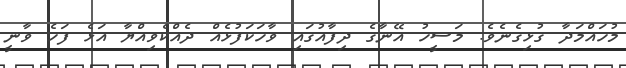
މުހައްމަދާ ގުޅިގެނެވެ. މަސީހު އޭނާގެ ދިފާއުގައި ވާހަކަފުޅެއް ދެއްކެވިއްޔާ އަޅެ ފަހެ ވާނީ